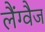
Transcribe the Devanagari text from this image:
लैंग्वैज